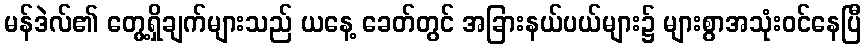
မန်ဒဲလ်၏ တွေ့ရှိချက်များသည် ယနေ့ ခေတ်တွင် အခြားနယ်ပယ်များ၌ များစွာအသုံးဝင်နေပြီ